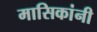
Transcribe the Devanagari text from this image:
मासिकांनी